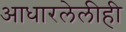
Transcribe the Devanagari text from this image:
आधारलेलीही